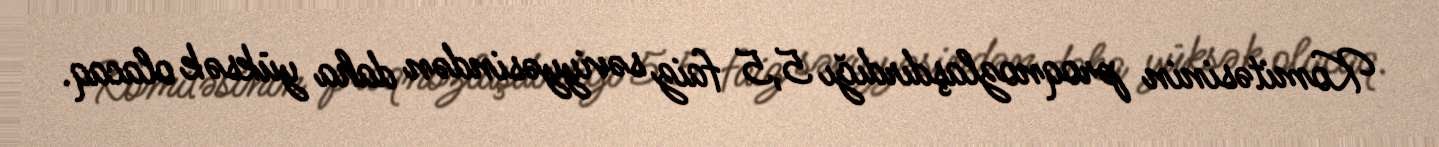
Komitəsinin proqnozlaşdırdığı 5,5 faiz səviyyəsindən daha yüksək olacaq.